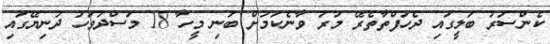
ކެންސަރު ބަލީގައި ދެހަފްތާތެރޭ މަރު ވާނެކަމަށް ބުނި މީހާ 18 މަސްދުވަހު ދުނިޔޭގައި